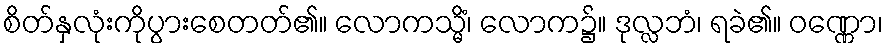
စိတ်နှလုံးကိုပွားစေတတ်၏။ လောကသ္မိံ၊ လောက၌။ ဒုလ္လဘံ၊ ရခဲ၏။ ဝဏ္ဏော၊